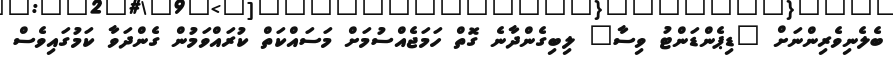
ބެލެނިވެރިންނަށް "ޑިޕެންޑަންޓު ވިސާ" ލިބިގެންދާނެ ގޮތް ހަމަޖެއްސުމަށް މަސައްކަތް ކުރައްވަމުން ގެންދަވާ ކަމުގައިވެސް